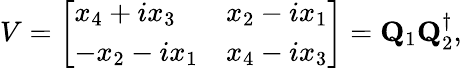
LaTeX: V=\left[\begin{array}{ll}{{x_{4}+ix_{3}}}&{{x_{2}-ix_{1}}}\\ {{-x_{2}-ix_{1}}}&{{x_{4}-ix_{3}}}\end{array}\right]={\mathbf Q}_{1}{\mathbf Q}_{2}^{\dagger},